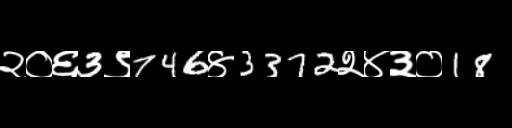
Text: २०६3९746४3372२४३०18